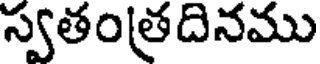
స్వతంత్రదినము